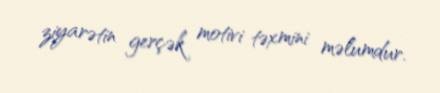
ziyarətin gerçək motivi təxmini məlumdur.